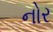
નોર